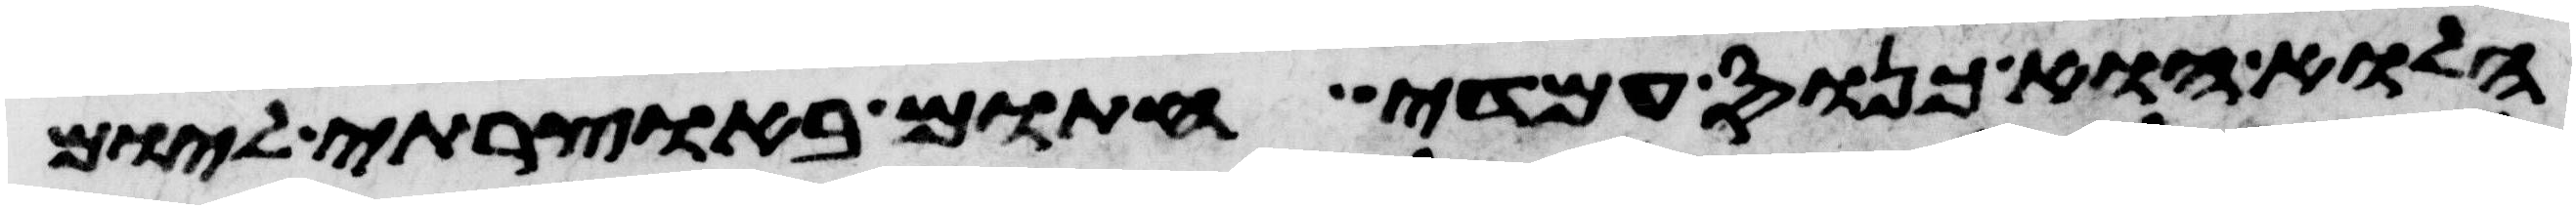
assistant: הלוא הוא כנוס עמדי חתום באוצרתי ליום